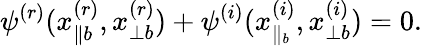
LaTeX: \psi^{(r)}(x_{\parallel b}^{(r)},x_{\perp b}^{(r)})+\psi^{(i)}(x_{\parallel_{b}}^{(i)},x_{\perp b}^{(i)})=0.